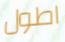
اطول